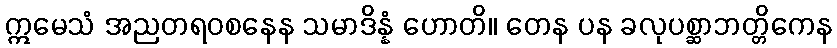
ဣမေသံ အညတရဝစနေန သမာဒိန္နံ ဟောတိ။ တေန ပန ခလုပစ္ဆာဘတ္တိကေန